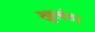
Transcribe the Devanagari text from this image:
खुलंत।